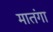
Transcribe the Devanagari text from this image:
मातंगा